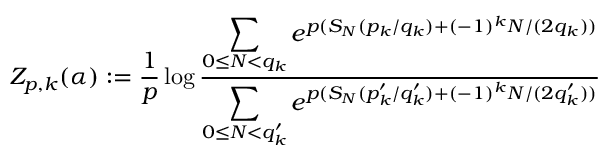
Z _ { p , k } ( \alpha ) : = \frac { 1 } { p } \log \frac { \displaystyle { \sum _ { 0 \le N < q _ { k } } e ^ { p ( S _ { N } ( p _ { k } / q _ { k } ) + ( - 1 ) ^ { k } N / ( 2 q _ { k } ) ) } } } { \displaystyle { \sum _ { 0 \le N < q _ { k } ^ { \prime } } e ^ { p ( S _ { N } ( p _ { k } ^ { \prime } / q _ { k } ^ { \prime } ) + ( - 1 ) ^ { k } N / ( 2 q _ { k } ^ { \prime } ) ) } } }